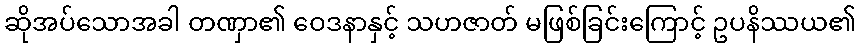
ဆိုအပ်သောအခါ တဏှာ၏ ဝေဒနာနှင့် သဟဇာတ် မဖြစ်ခြင်းကြောင့် ဥပနိဿယ၏